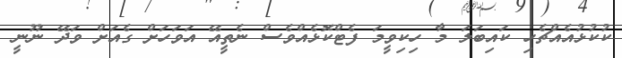
ކުކުޅުއެއްޗެހި ކައިބަލަ މާ ހިކިވީމަ ފެޓްކޮޅެއްވެސް ނެތީއޭ އަވަހަށް ގެއަށް ވަދޭ ނޫނީ